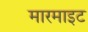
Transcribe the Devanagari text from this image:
मारमाइट